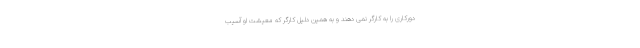
دورکاری را به کارگر نمی دهند و به همین دلیل کارگر که معیشت او آسیب